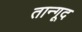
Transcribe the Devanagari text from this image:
तान्गूद